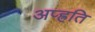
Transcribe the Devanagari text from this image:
अप्ह्रति